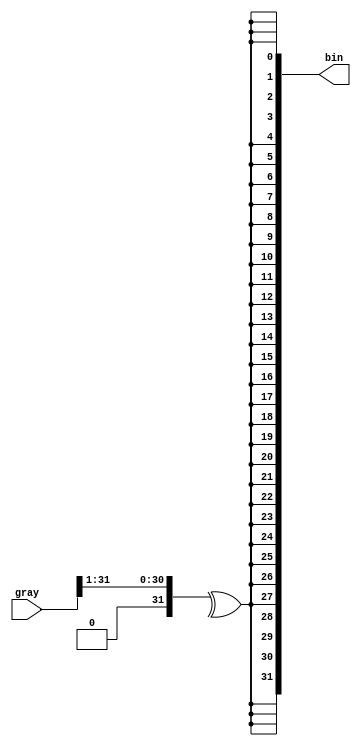
// `define OPTIMISED

module gray2bin #(parameter DW = 32)(
	input [DW-1:0] gray,
	output [DW-1:0] bin
);

	`ifdef OPTIMISED
		reg [DW-1:0] rbin;
		integer i,j;
		always @(*) begin
			begin 
				rbin = gray;
				for(i=0; i<DW-1; i=i+1) begin 
					rbin[i] = 1'b0;
					for(j=i; j<DW; j=j+1)
						rbin[i] = rbin[i] ^ gray[j];
				end
			end
		end
		assign bin = rbin;
	`else 
		reg [DW-1:0] rbin;
		integer i;
		always @(*) begin
			for(i=0; i < DW; i=i+1) begin 
				rbin[i] = ^ (gray >> 1);
			end
		end
		assign bin = rbin;
	`endif
endmodule